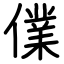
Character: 㒒